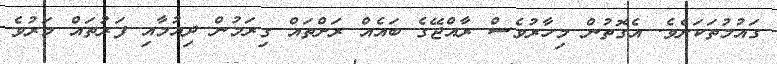
ގައުމުތަކަށެވެ. އެގޮތުން މިހާރުވެސް ރާއްޖޭގެ ބައެއް ރަށްތައް ގިރަމުން ދިއުމާއި ފަރުތައް މަރުވެ